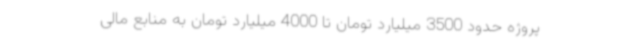
پروژه حدود 3500 میلیارد تومان تا 4000 میلیارد تومان به منابع مالی